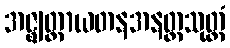
အဇ္ဈတ္တာယတနအနတ္တသုတ္တံ